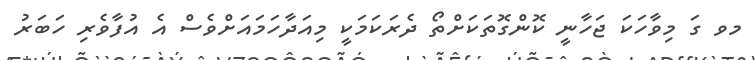
މވ ގަ މިވާހަކަ ޖަހާނީ ކޮންގޮތަކަށްތޯ ދެރަކަމަކީ މިއަދާހަމައަށްވެސް އެ އުފާވެރި ހަބަރު